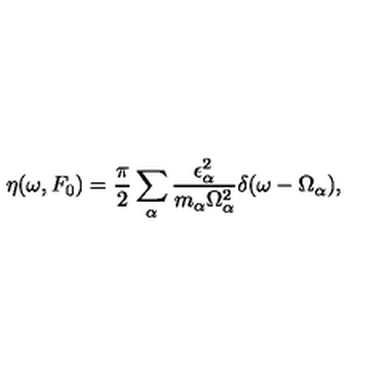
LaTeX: \eta ( \omega , F _ { 0 } ) = \frac { \pi } { 2 } \sum _ { \alpha } \frac { \epsilon _ { \alpha } ^ { 2 } } { m _ { \alpha } \Omega _ { \alpha } ^ { 2 } } \delta ( \omega - \Omega _ { \alpha } ) ,